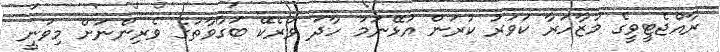
ރާއްޖެޓީވީގެ މުޒާހަރާ ކަވަރު ކުރަން އުޅޭނަމަ ހާދަ ވަރެކޭ ބަގާވާތުގެ ވެރިންނަށް މިވަނީ